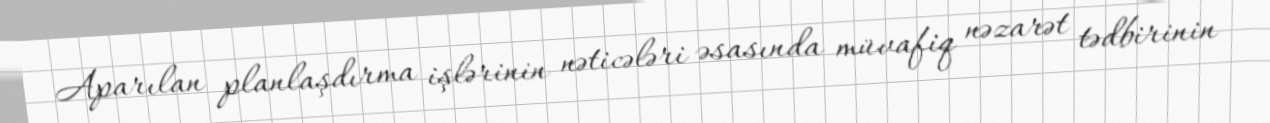
Aparılan planlaşdırma işlərinin nəticələri əsasında müvafiq nəzarət tədbirinin